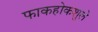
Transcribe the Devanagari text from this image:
फाकहोकशुले